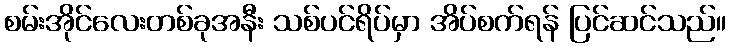
စမ်းအိုင်လေးတစ်ခုအနီး သစ်ပင်ရိပ်မှာ အိပ်စက်ရန် ပြင်ဆင်သည်။